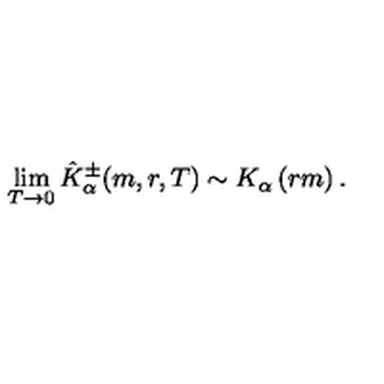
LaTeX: \lim _ { T \rightarrow 0 } \hat { K } _ { \alpha } ^ { \pm } ( m , r , T ) \sim K _ { \alpha } \left( r m \right) .